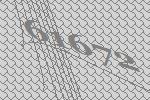
61672